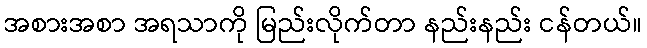
အစားအစာ အရသာကို မြည်းလိုက်တာ နည်းနည်း ငန်တယ်။